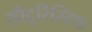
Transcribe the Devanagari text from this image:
सीटूरिस्टिक